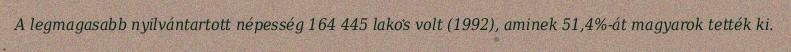
A legmagasabb nyilvántartott népesség 164 445 lakos volt (1992), aminek 51,4%-át magyarok tették ki.